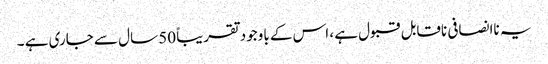
یہ ناانصافی ناقابل قبول ہے ، اس کے باوجود تقریباً 50 سال سے جاری ہے ۔